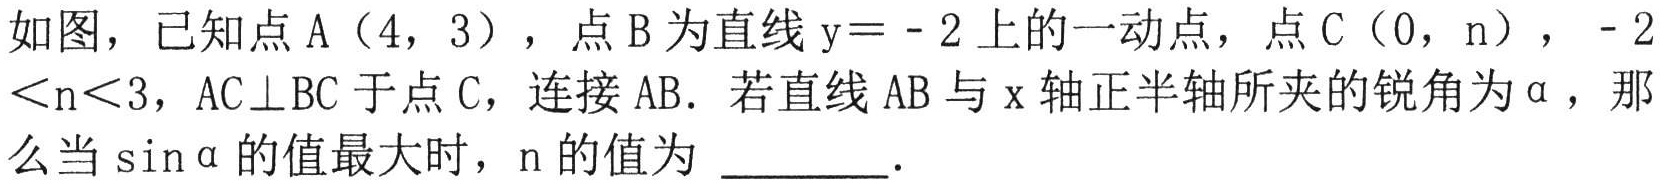
如图，已知点\(A(4,3)\)，点\(B\)为直线\(y = - 2\)上的一动点，点\(C(0,n)\)，\(-2\lt n\lt3\)，\(AC\perp BC\)于点\(C\)，连接\(AB\). 若直线\(AB\)与\(x\)轴正半轴所夹的锐角为\(\alpha\)，那么当\(\sin\alpha\)的值最大时，\(n\)的值为 \_\_\_\_ ．